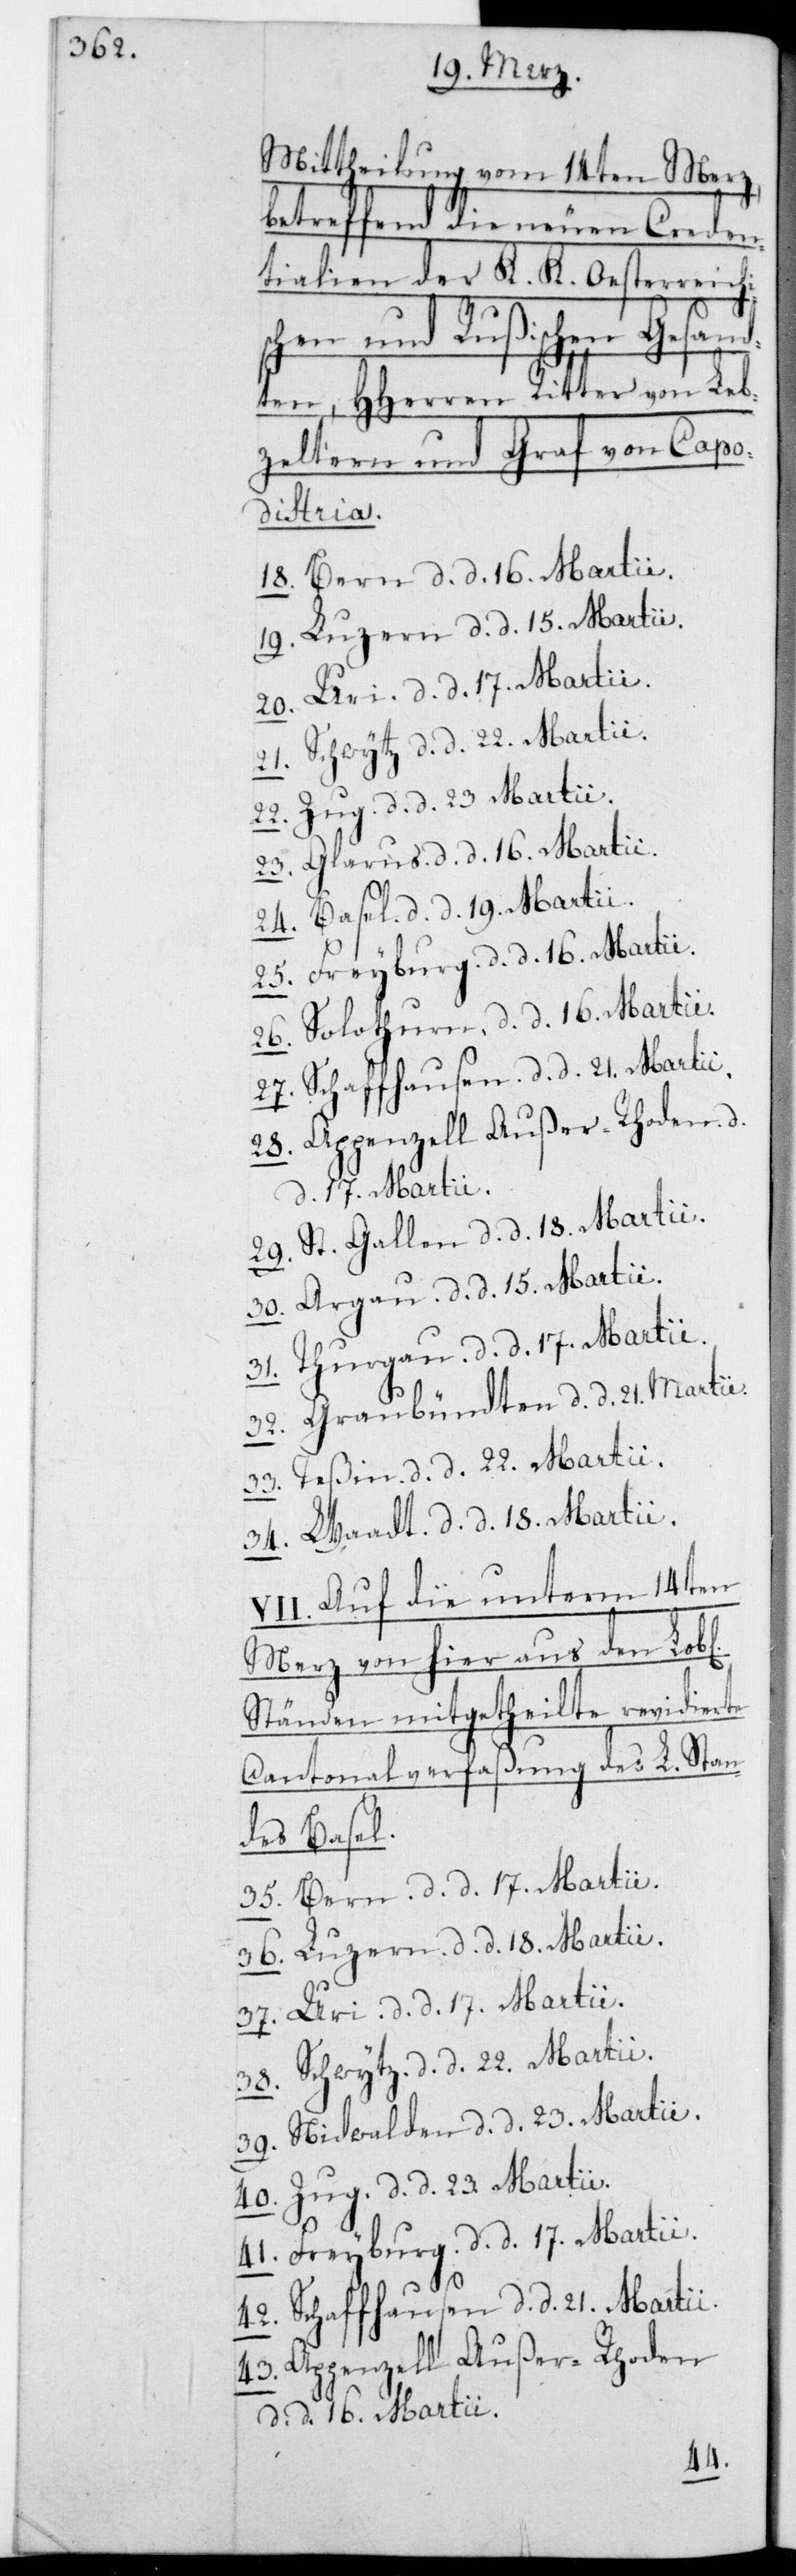
Mittheilung vom 14ten Merz,
betreffend die neuen Creden¬
tialien der K. K. Oesterreichi¬
schen und Rußischen Gesand¬
ten, HHerren Ritter von Leb¬
zeltern und Graf von Capo¬
distria.
18. Bern, d. d. 16. Martii.
19. Luzern, d. d. 15. Martii.
20. Uri, d. d. 17. Martii.
21. Schwytz, d. d. 22. Martii.
22. Zug, d. d. 23. Martii.
23. Glarus, d. d. 16. Martii.
24. Basel, d. d. 19. Martii.
25. Freyburg, d. d. 16. Martii.
26. Solothurn, d. d. 16. Martii.
27. Schaffhausen, d. d. 21. Martii.
28. Appenzell Außer-Rhoden, d.
d. 17. Martii.
29. St. Gallen, d. d. 18. Martii.
30. Aagau, d. d. 15. Martii.
31. Thurgau, d. d. 17. Martii.
32. Graubündten, d. d. 21. Martii.
33. Teßin, d. d. 22. Martii.
34. Waadt, d. d. 18. Martii.
VII. Auf die unterm 14ten
Merz von hier aus den L.
Ständen mitgetheilte revidierte
Cantonalverfaßung des L. Stan¬
des Basel.
35. Bern, d. d. 17. Martii.
36. Luzern, d. d. 18. Martii.
37. Uri, d. d. 17. Martii.
38. Schwytz, d. d. 22. Martii.
39. Nidwalden, d. d. 23. Martii.
40. Zug, d. d. 23. Martii.
41. Freyburg, d. d. 17. Martii.
42. Schaffhausen, d. d. 21. Martii.
43. Appenzell Außer-Rhoden,
d. d. 16. Martii.